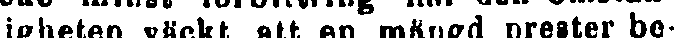
digheten väckt, att en mängd prester be-